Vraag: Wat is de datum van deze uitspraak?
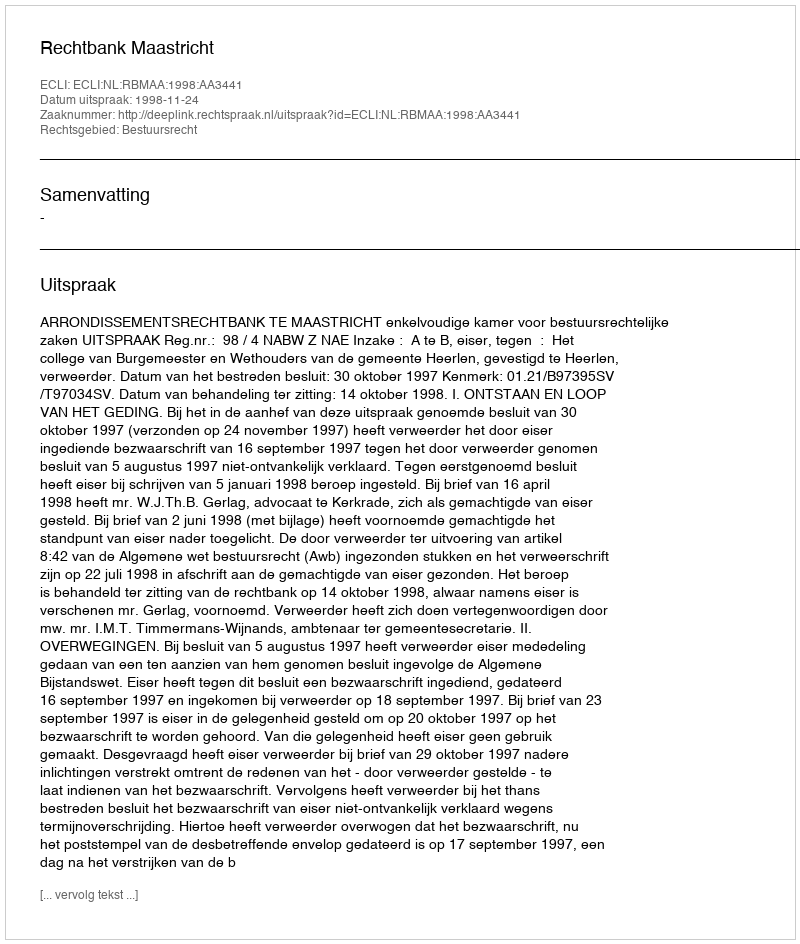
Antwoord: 1998-11-24